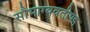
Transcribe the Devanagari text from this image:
सौभाग्यवतीपद